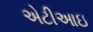
એટીઆઇ